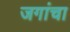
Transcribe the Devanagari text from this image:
जगांचा